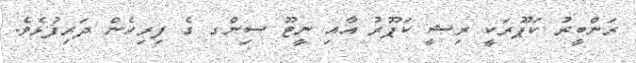
ރަންބީރު ކަޕޫރަކީ ރިޝީ ކަޕޫރު އާއި ނީޓޫ ސިންގ ގެ ފިރިހެން ދަރިފުޅެވެ.